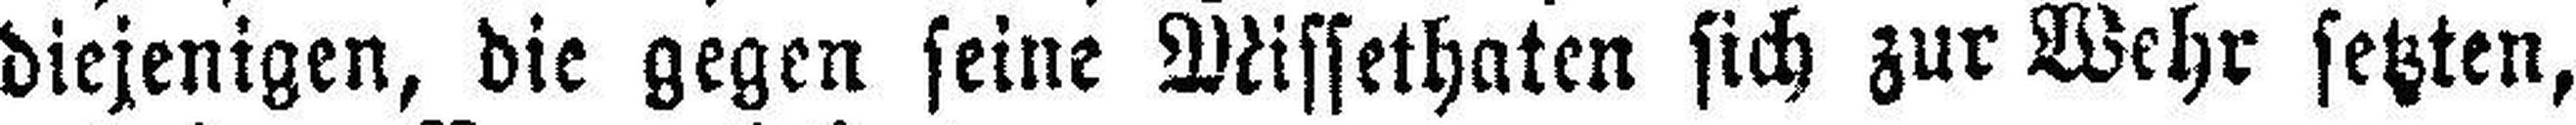
diejenigen, die gegen seine Missethaten sich zur Wehr setzten,